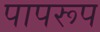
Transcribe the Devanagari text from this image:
पापरूप